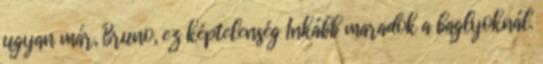
ugyan már, Bruno, ez képtelenség Inkább maradok a baglyoknál.